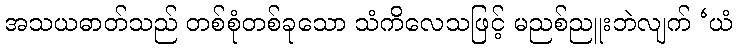
အသယဓာတ်သည် တစ်စုံတစ်ခုသော သံကိလေသဖြင့် မညစ်ညူးဘဲလျက် ‘ယံ